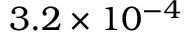
3 . 2 \times 1 0 ^ { - 4 }